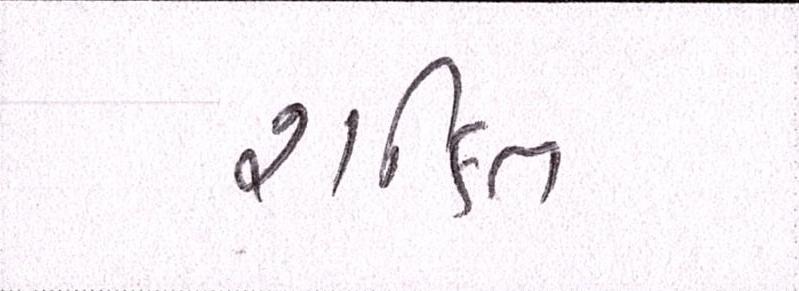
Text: શકિત